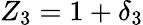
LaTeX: Z_{3}=1+\delta_{3}